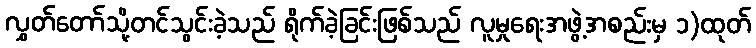
လွှတ်တော်သို့တင်သွင်းခဲ့သည် ရိုက်ခဲ့ခြင်းဖြစ်သည် လူမှုရေးအဖွဲ့အစည်းမှ ၁)ထုတ်